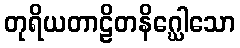
တုရိယတာဠိတနိဂ္ဃေါသော